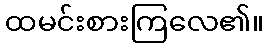
ထမင်းစားကြလေ၏။